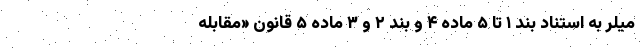
میلر به استناد بند ۱ تا ۵ ماده ۴ و بند ۲ و ۳ ماده ۵ قانون «مقابله